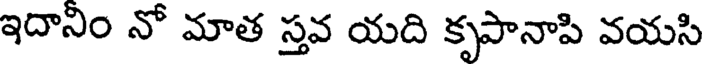
ఇదానిం నో మాత స్తవ యది కృపానాపి వయసి